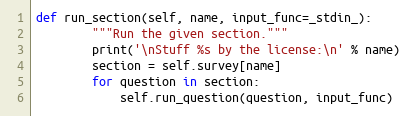
Language: Python
def run_section(self, name, input_func=_stdin_):
        """Run the given section."""
        print('\nStuff %s by the license:\n' % name)
        section = self.survey[name]
        for question in section:
            self.run_question(question, input_func)